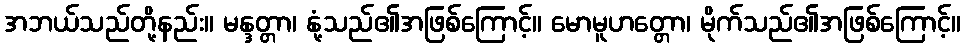
အဘယ်သည်တို့နည်း။ မန္ဒတ္တာ၊ နုံ့သည်၏အဖြစ်ကြောင့်။ မောမူဟတ္တော၊ မိုက်သည်၏အဖြစ်ကြောင့်။